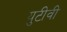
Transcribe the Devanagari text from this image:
युटीवी